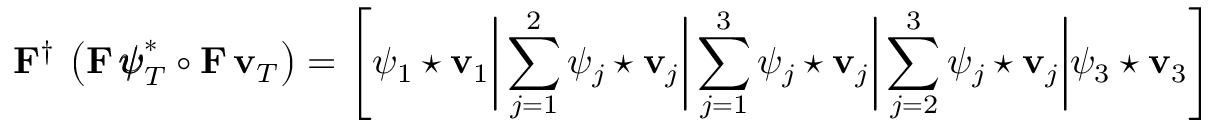
{ \bf F } ^ { \dagger } \, \left( { \bf F } \, { \pmb { \psi } } _ { T } ^ { * } \circ { \bf F } \, { \bf v } _ { T } \right) = \left[ \psi _ { 1 } \star { \bf v } _ { 1 } \biggr \rvert \sum _ { j = 1 } ^ { 2 } \psi _ { j } \star { \bf v } _ { j } \biggr \rvert \sum _ { j = 1 } ^ { 3 } \psi _ { j } \star { \bf v } _ { j } \biggr \rvert \sum _ { j = 2 } ^ { 3 } \psi _ { j } \star { \bf v } _ { j } \biggr \rvert \psi _ { 3 } \star { \bf v } _ { 3 } \right]